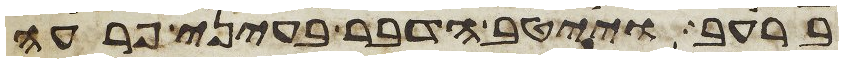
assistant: ברעב וייטב הדבר בעיני פרעה